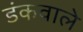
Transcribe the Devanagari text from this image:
डंकवाले